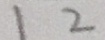
1 2